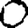
Digit: 0